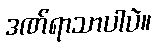
ဒဏ်ရာသာပါပဲ။